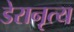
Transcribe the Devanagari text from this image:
डेरानृत्य